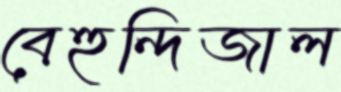
বেহুন্দিজাল